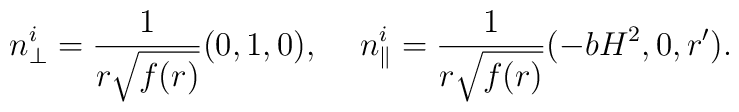
n_\perp^i=\frac{1}{r\sqrt{f(r)}}(0,1,0),\hspace*{5mm}n_\parallel^i=\frac{1}{r\sqrt{f(r)}}(-bH^2,0,r').